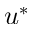
u ^ { * }